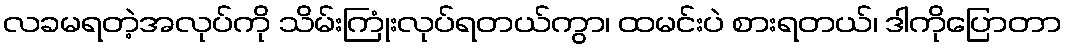
လခမရတဲ့အလုပ်ကို သိမ်းကြုံးလုပ်ရတယ်ကွာ၊ ထမင်းပဲ စားရတယ်၊ ဒါကိုပြောတာ